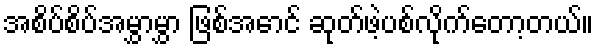
အစိပ်စိပ်အမွှာမွှာ ဖြစ်အောင် ဆုတ်ဖဲ့ပစ်လိုက်တော့တယ်။